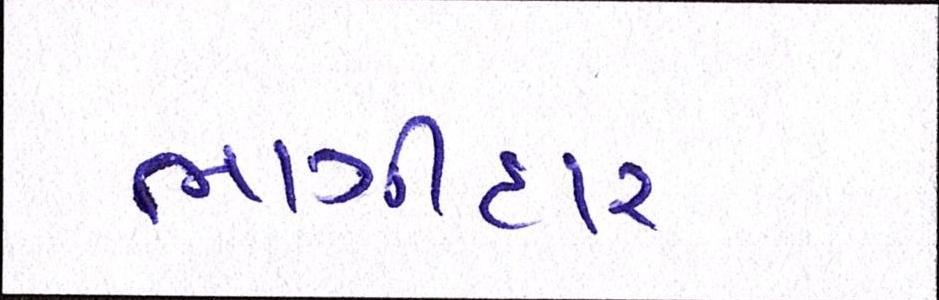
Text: ભાગીદાર